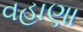
વહાણા